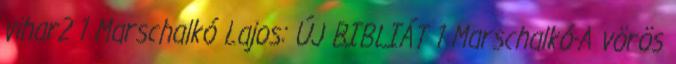
vihar2 1 Marschalkó Lajos: ÚJ BIBLIÁT 1 Marschalkó-A vörös